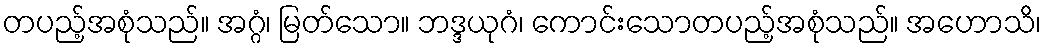
တပည့်အစုံသည်။ အဂ္ဂံ၊ မြတ်သော။ ဘဒ္ဒယုဂံ၊ ကောင်းသောတပည့်အစုံသည်။ အဟောသိ၊